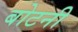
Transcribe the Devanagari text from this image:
बोटनी